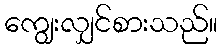
ကျွေးလျှင်စားသည်။